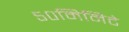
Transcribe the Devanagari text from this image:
५०मिनिटे